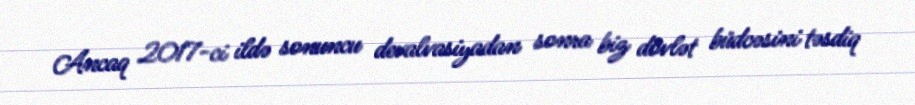
Ancaq 2017-ci ildə sonuncu devalvasiyadan sonra biz dövlət büdcəsini təsdiq